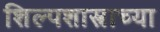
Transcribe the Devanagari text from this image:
शिल्पशास्त्राच्या